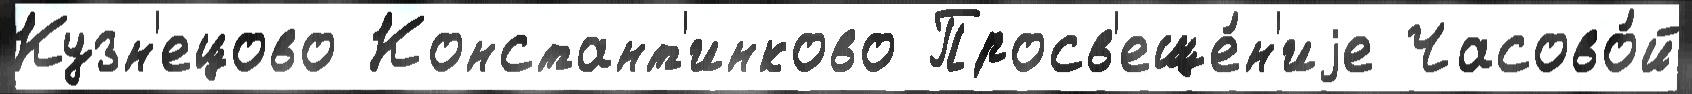
Кузн'ецово Констант'инково Просв'еще́н'иjе Часово́й